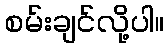
စမ်းချင်လို့ပါ။